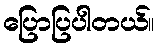
ပြောပြပါတယ်။